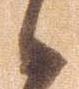
候